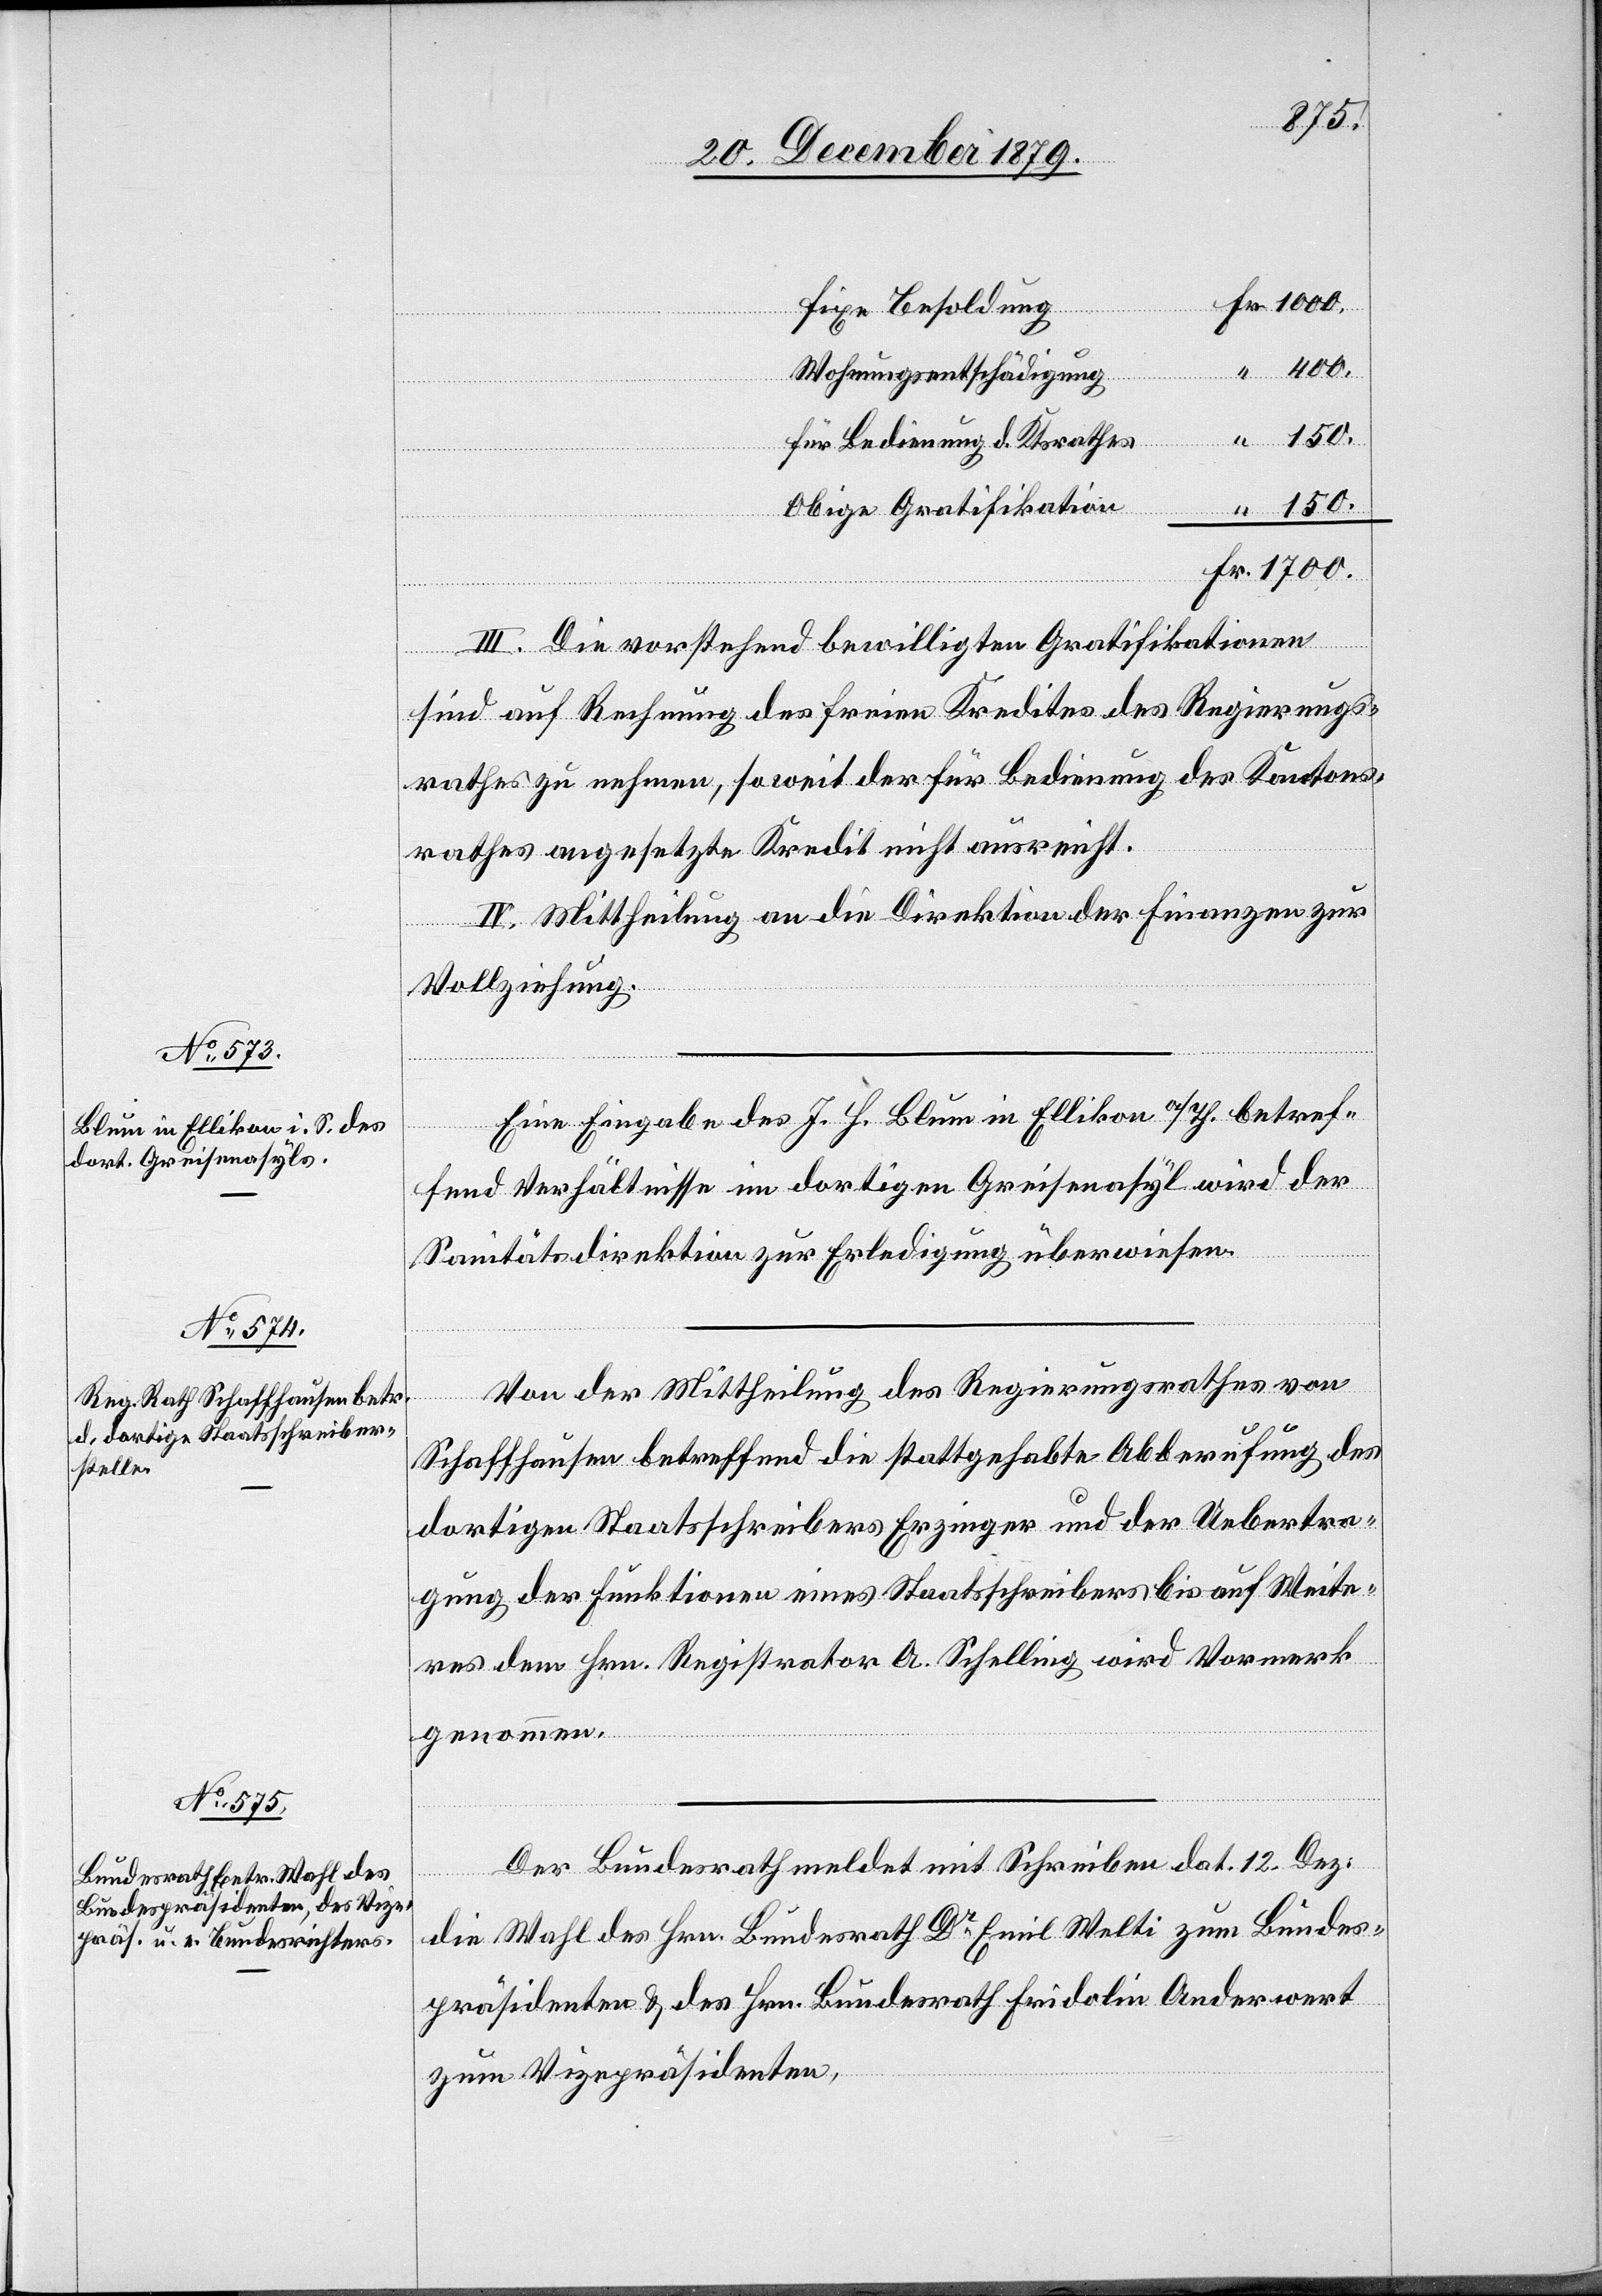
1700.
Wohnungsentschädigung
für Bedienung d. Ktrathes
obige Gratifikation
“
III. Die vorstehend bewilligten Gratifikationen
sind auf Rechnung des freien Kredites des Regierungs¬
rathes zu nehmen, soweit der für Bedienung des Kantons¬
rathes angesetzte Kredit nicht ausreicht.
IV. Mittheilung an die Direktion der Finanzen zur
Vollziehung.
Eine Eingabe des J. H. Blum in Ellikon a/Th. betref¬
fend Verhältnisse im dortigen Greisenasyl wird der
Sanitätsdirektion zur Erledigung überwiesen.
Von der Mittheilung des Regierungsrathes von
Schaffhausen betreffend die stattgehabte Abberufung des
dortigen Staatsschreibers Erzinger und der Uebertra¬
gung der Funktionen eines Staatsschreibers bis auf Weite¬
res dem Hrn. Registrator A. Schelling wird Vormerk
genommen.
Der Bundesrath meldet mit Schreiben dat. 12. Dez.
die Wahl des Hrn. Bundesrath Dr Emil Welti zum Bundes¬
präsidenten & des Hrn. Bundesrath Fridolin Anderwert
zum Vizepräsidenten,